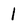
Character: 1